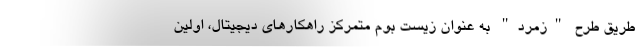
طریق طرح "زمرد" به عنوان زیست بوم متمرکز راهکارهای دیجیتال، اولین